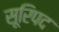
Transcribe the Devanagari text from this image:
सूरिपद